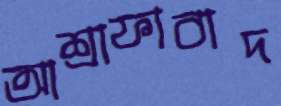
আশ্রাফাবাদ